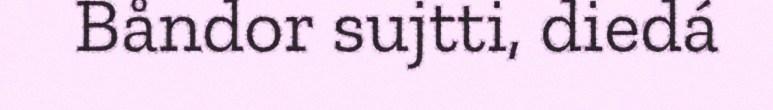
Båndor sujtti, diedá